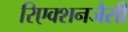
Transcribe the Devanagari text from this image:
रिएक्शनजैसी